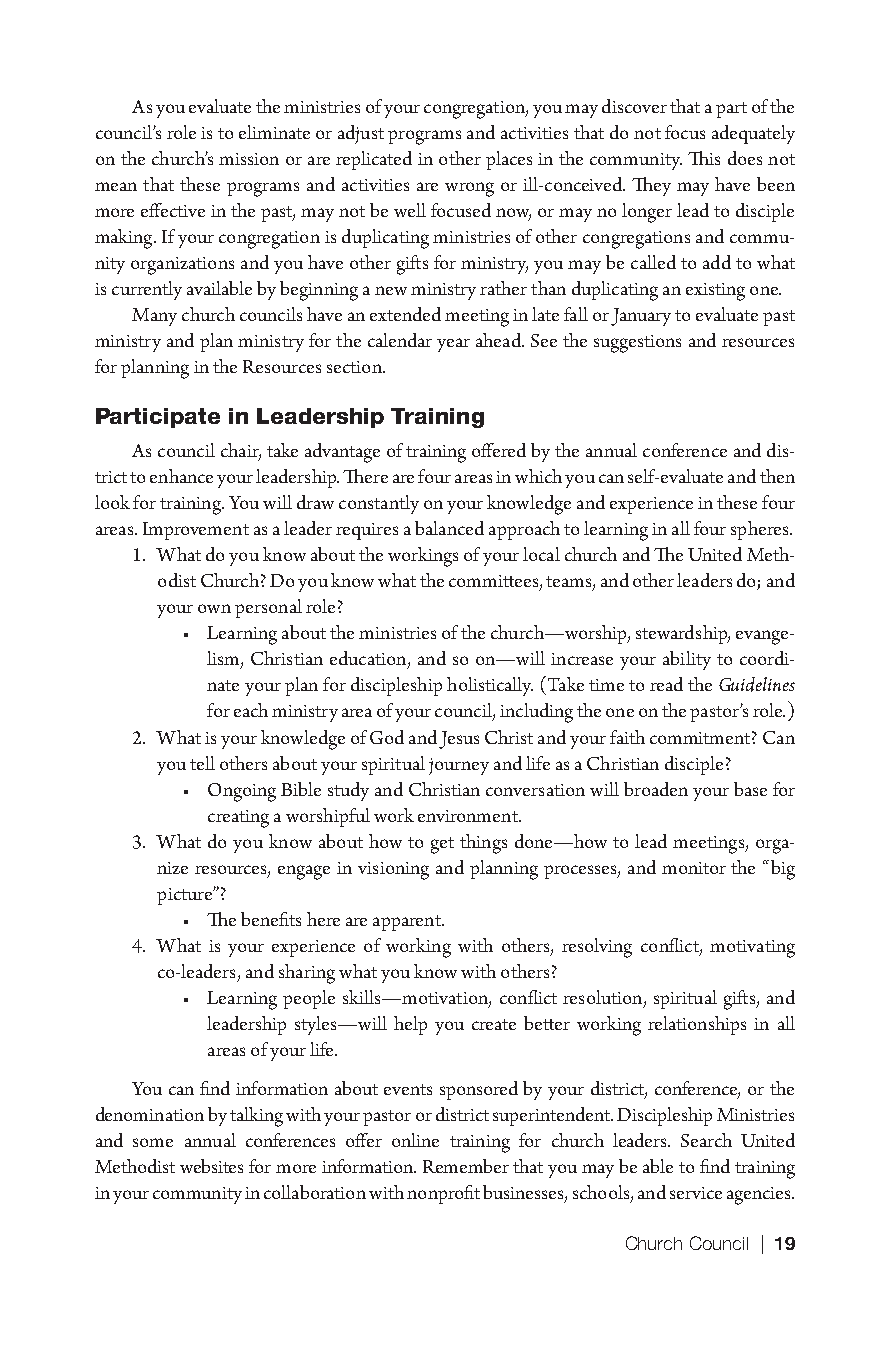
As you evaluate the ministries of your congregation, you may discover that a part of the
 council’s role is to eliminate or adjust programs and activities that do not focus adequately
 on the church’s mission or are replicated in other places in the community. This does not
 mean that these programs and activities are wrong or ill-conceived. They may have been
 more effective in the past, may not be well focused now, or may no longer lead to disciple
 making. If your congregation is duplicating ministries of other congregations and commu-
 nity organizations and you have other gifts for ministry, you may be called to add to what
 is currently available by beginning a new ministry rather than duplicating an existing one.
 Many church councils have an extended meeting in late fall or January to evaluate past
 ministry and plan ministry for the calendar year ahead. See the suggestions and resources
 for planning in the Resources section.
 Participate in Leadership Training
 As council chair, take advantage of training offered by the annual conference and dis-
 trict to enhance your leadership. There are four areas in which you can self-evaluate and then
 look for training. You will draw constantly on your knowledge and experience in these four
 areas. Improvement as a leader requires a balanced approach to learning in all four spheres.
 1. What do you know about the workings of your local church and The United Meth-
 odist Church? Do you know what the committees, teams, and other leaders do; and
 your own personal role?
 • Learning about the ministries of the church—worship, stewardship, evange-
 lism, Christian education, and so on—will increase your ability to coordi-
 nate your plan for discipleship holistically. (Take time to read the Guidelines
 for each ministry area of your council, including the one on the pastor’s role.)
 2. What is your knowledge of God and Jesus Christ and your faith commitment? Can
 you tell others about your spiritual journey and life as a Christian disciple?
 • Ongoing Bible study and Christian conversation will broaden your base for
 creating a worshipful work environment.
 3. What do you know about how to get things done—how to lead meetings, orga-
 nize resources, engage in visioning and planning processes, and monitor the “big
 picture”?
 • The benefits here are apparent.
 4. What is your experience of working with others, resolving conflict, motivating
 co-leaders, and sharing what you know with others?
 • Learning people skills—motivation, conflict resolution, spiritual gifts, and
 leadership styles—will help you create better working relationships in all
 areas of your life.
 You can find information about events sponsored by your district, conference, or the
 denomination by talking with your pastor or district superintendent. Discipleship Ministries
 and some annual conferences offer online training for church leaders. Search United
 Methodist websites for more information. Remember that you may be able to find training
 in your community in collaboration with nonprofit businesses, schools, and service agencies.
 Church Council | 19
 9781501830303_INT_layout.indd 19                    8/8/16 9:37 AM